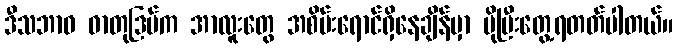
ဒီသဘာဝ ဓာတုဒြပ်က အာလူးတွေ အစိမ်းရောင်ရှိနေချိန်မှာ ပိုပြီးတွေ့ရတတ်ပါတယ်။